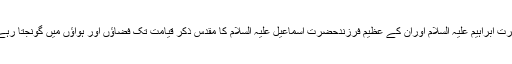
حضرت ابراہیم علیہ السلام اوران کے عظیم فرزندحضرت اسماعیل علیہ السلام کا مقدس ذکر قیامت تک فضاؤں اور ہواؤں میں گونجتا رہے گا۔